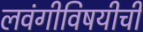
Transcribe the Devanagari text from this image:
लवंगीविषयीची